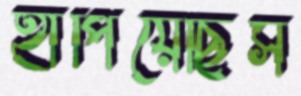
হাঁপিয়েছিস